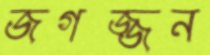
জগজ্জন